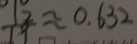
\frac { 1 2 } { 1 9 } \approx 0 . 6 3 2